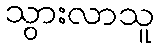
သွားလာသူ